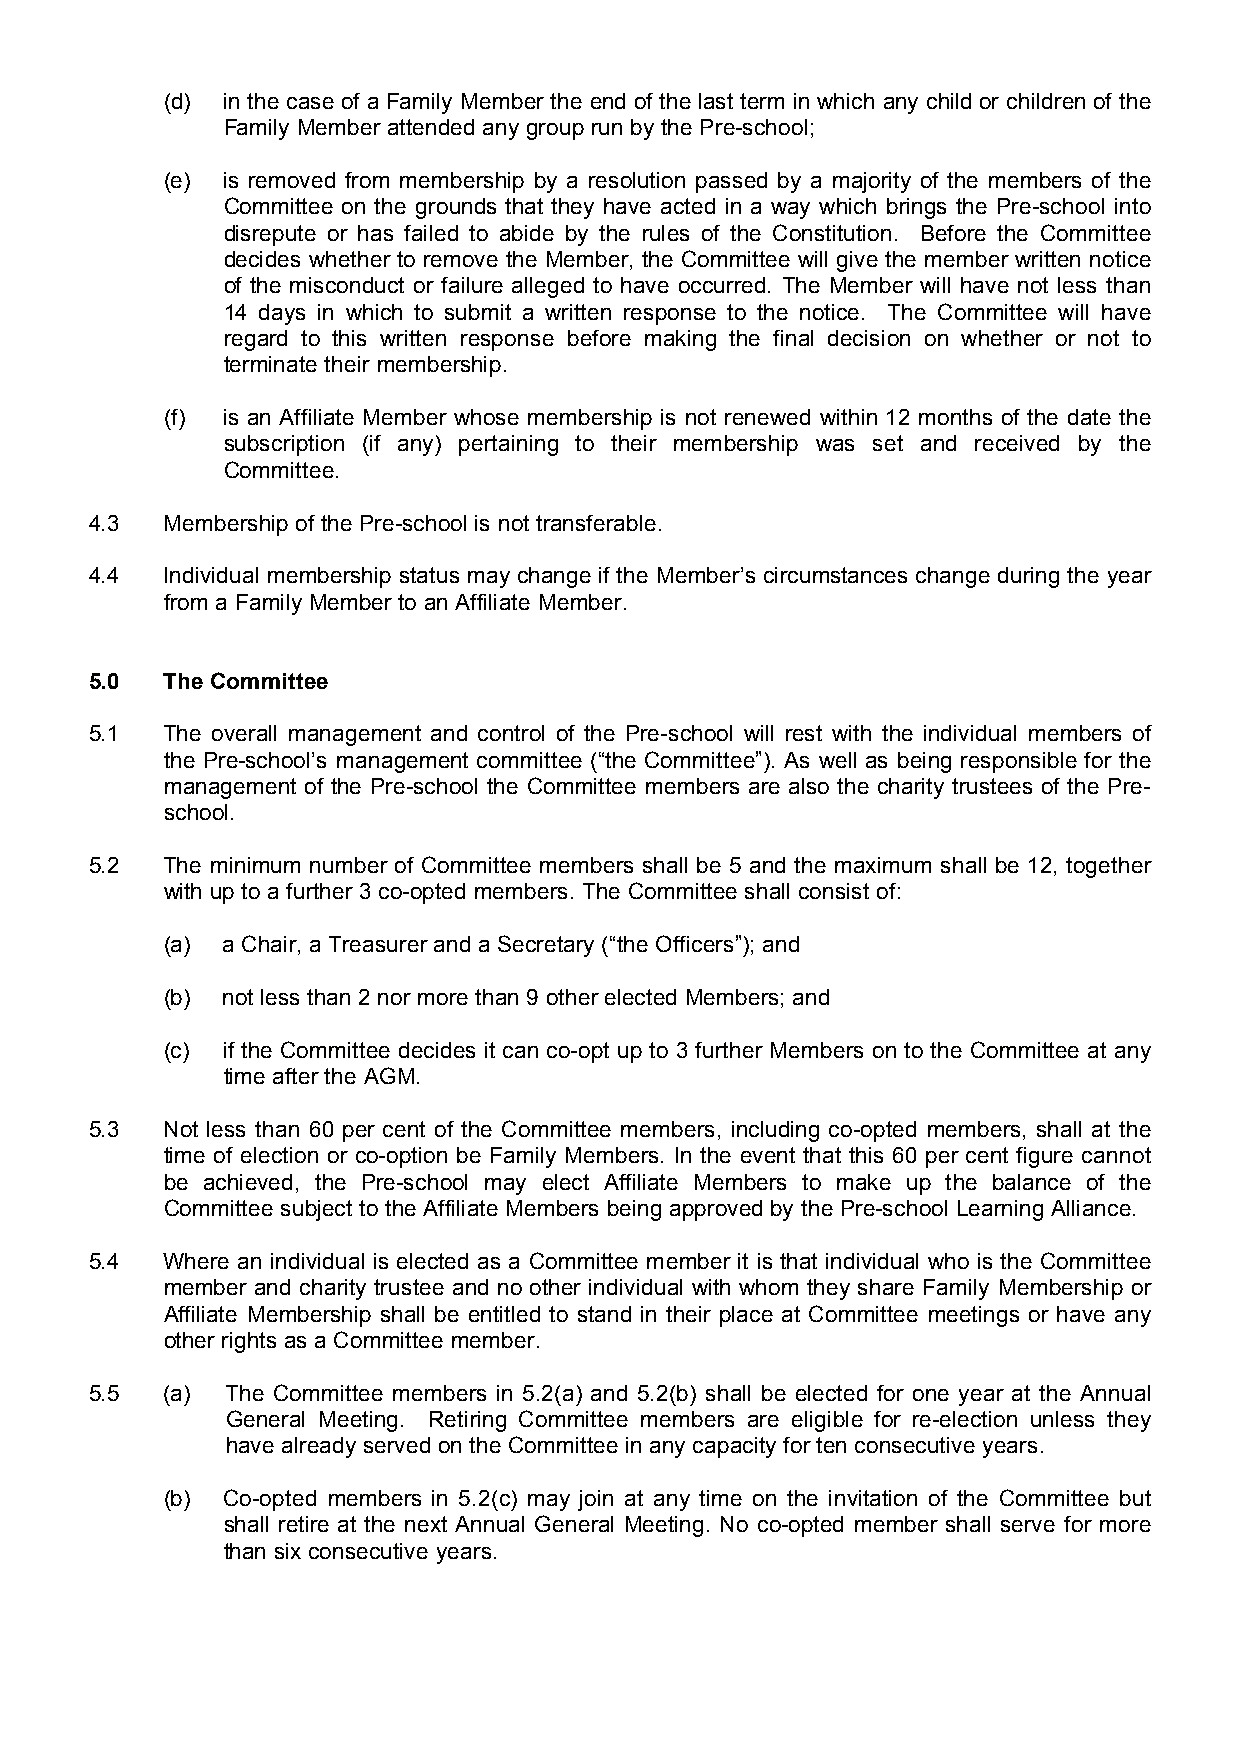
(d) in the case of a Family Member the end of the last term in which any child or children of the
 Family Member attended any group run by the Pre-school;
 (e) is removed from membership by a resolution passed by a majority of the members of the
 Committee on the grounds that they have acted in a way which brings the Pre-school into
 disrepute or has failed to abide by the rules of the Constitution. Before the Committee
 decides whether to remove the Member, the Committee will give the member written notice
 of the misconduct or failure alleged to have occurred. The Member will have not less than
 14 days in which to submit a written response to the notice. The Committee will have
 regard to this written response before making the final decision on whether or not to
 terminate their membership.
 (f) is an Affiliate Member whose membership is not renewed within 12 months of the date the
 subscription (if any) pertaining to their membership was set and received by the
 Committee.
 4.3  Membership of the Pre-school is not transferable.
 4.4  Individual membership status may change if the Member’s circumstances change during the year
 from a Family Member to an Affiliate Member.
 5.0  The Committee
 5.1  The overall management and control of the Pre-school will rest with the individual members of
 the Pre-school’s management committee (“the Committee”). As well as being responsible for the
 management of the Pre-school the Committee members are also the charity trustees of the Pre-
 school.
 5.2  The minimum number of Committee members shall be 5 and the maximum shall be 12, together
 with up to a further 3 co-opted members. The Committee shall consist of:
 (a) a Chair, a Treasurer and a Secretary (“the Officers”); and
 (b) not less than 2 nor more than 9 other elected Members; and
 (c) if the Committee decides it can co-opt up to 3 further Members on to the Committee at any
 time after the AGM.
 5.3  Not less than 60 per cent of the Committee members, including co-opted members, shall at the
 time of election or co-option be Family Members. In the event that this 60 per cent figure cannot
 be achieved, the Pre-school may elect Affiliate Members to make up the balance of the
 Committee subject to the Affiliate Members being approved by the Pre-school Learning Alliance.
 5.4  Where an individual is elected as a Committee member it is that individual who is the Committee
 member and charity trustee and no other individual with whom they share Family Membership or
 Affiliate Membership shall be entitled to stand in their place at Committee meetings or have any
 other rights as a Committee member.
 5.5  (a) The Committee members in 5.2(a) and 5.2(b) shall be elected for one year at the Annual
 General Meeting. Retiring Committee members are eligible for re-election unless they
 have already served on the Committee in any capacity for ten consecutive years.
 (b) Co-opted members in 5.2(c) may join at any time on the invitation of the Committee but
 shall retire at the next Annual General Meeting. No co-opted member shall serve for more
 than six consecutive years.